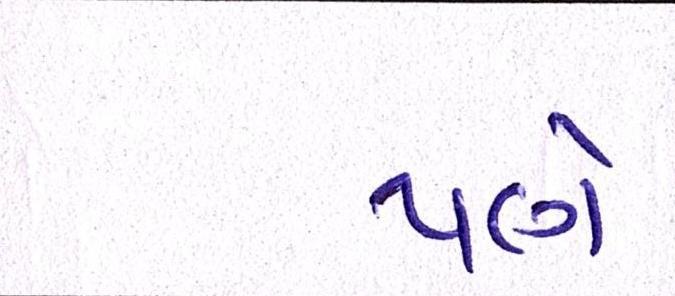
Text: પણે